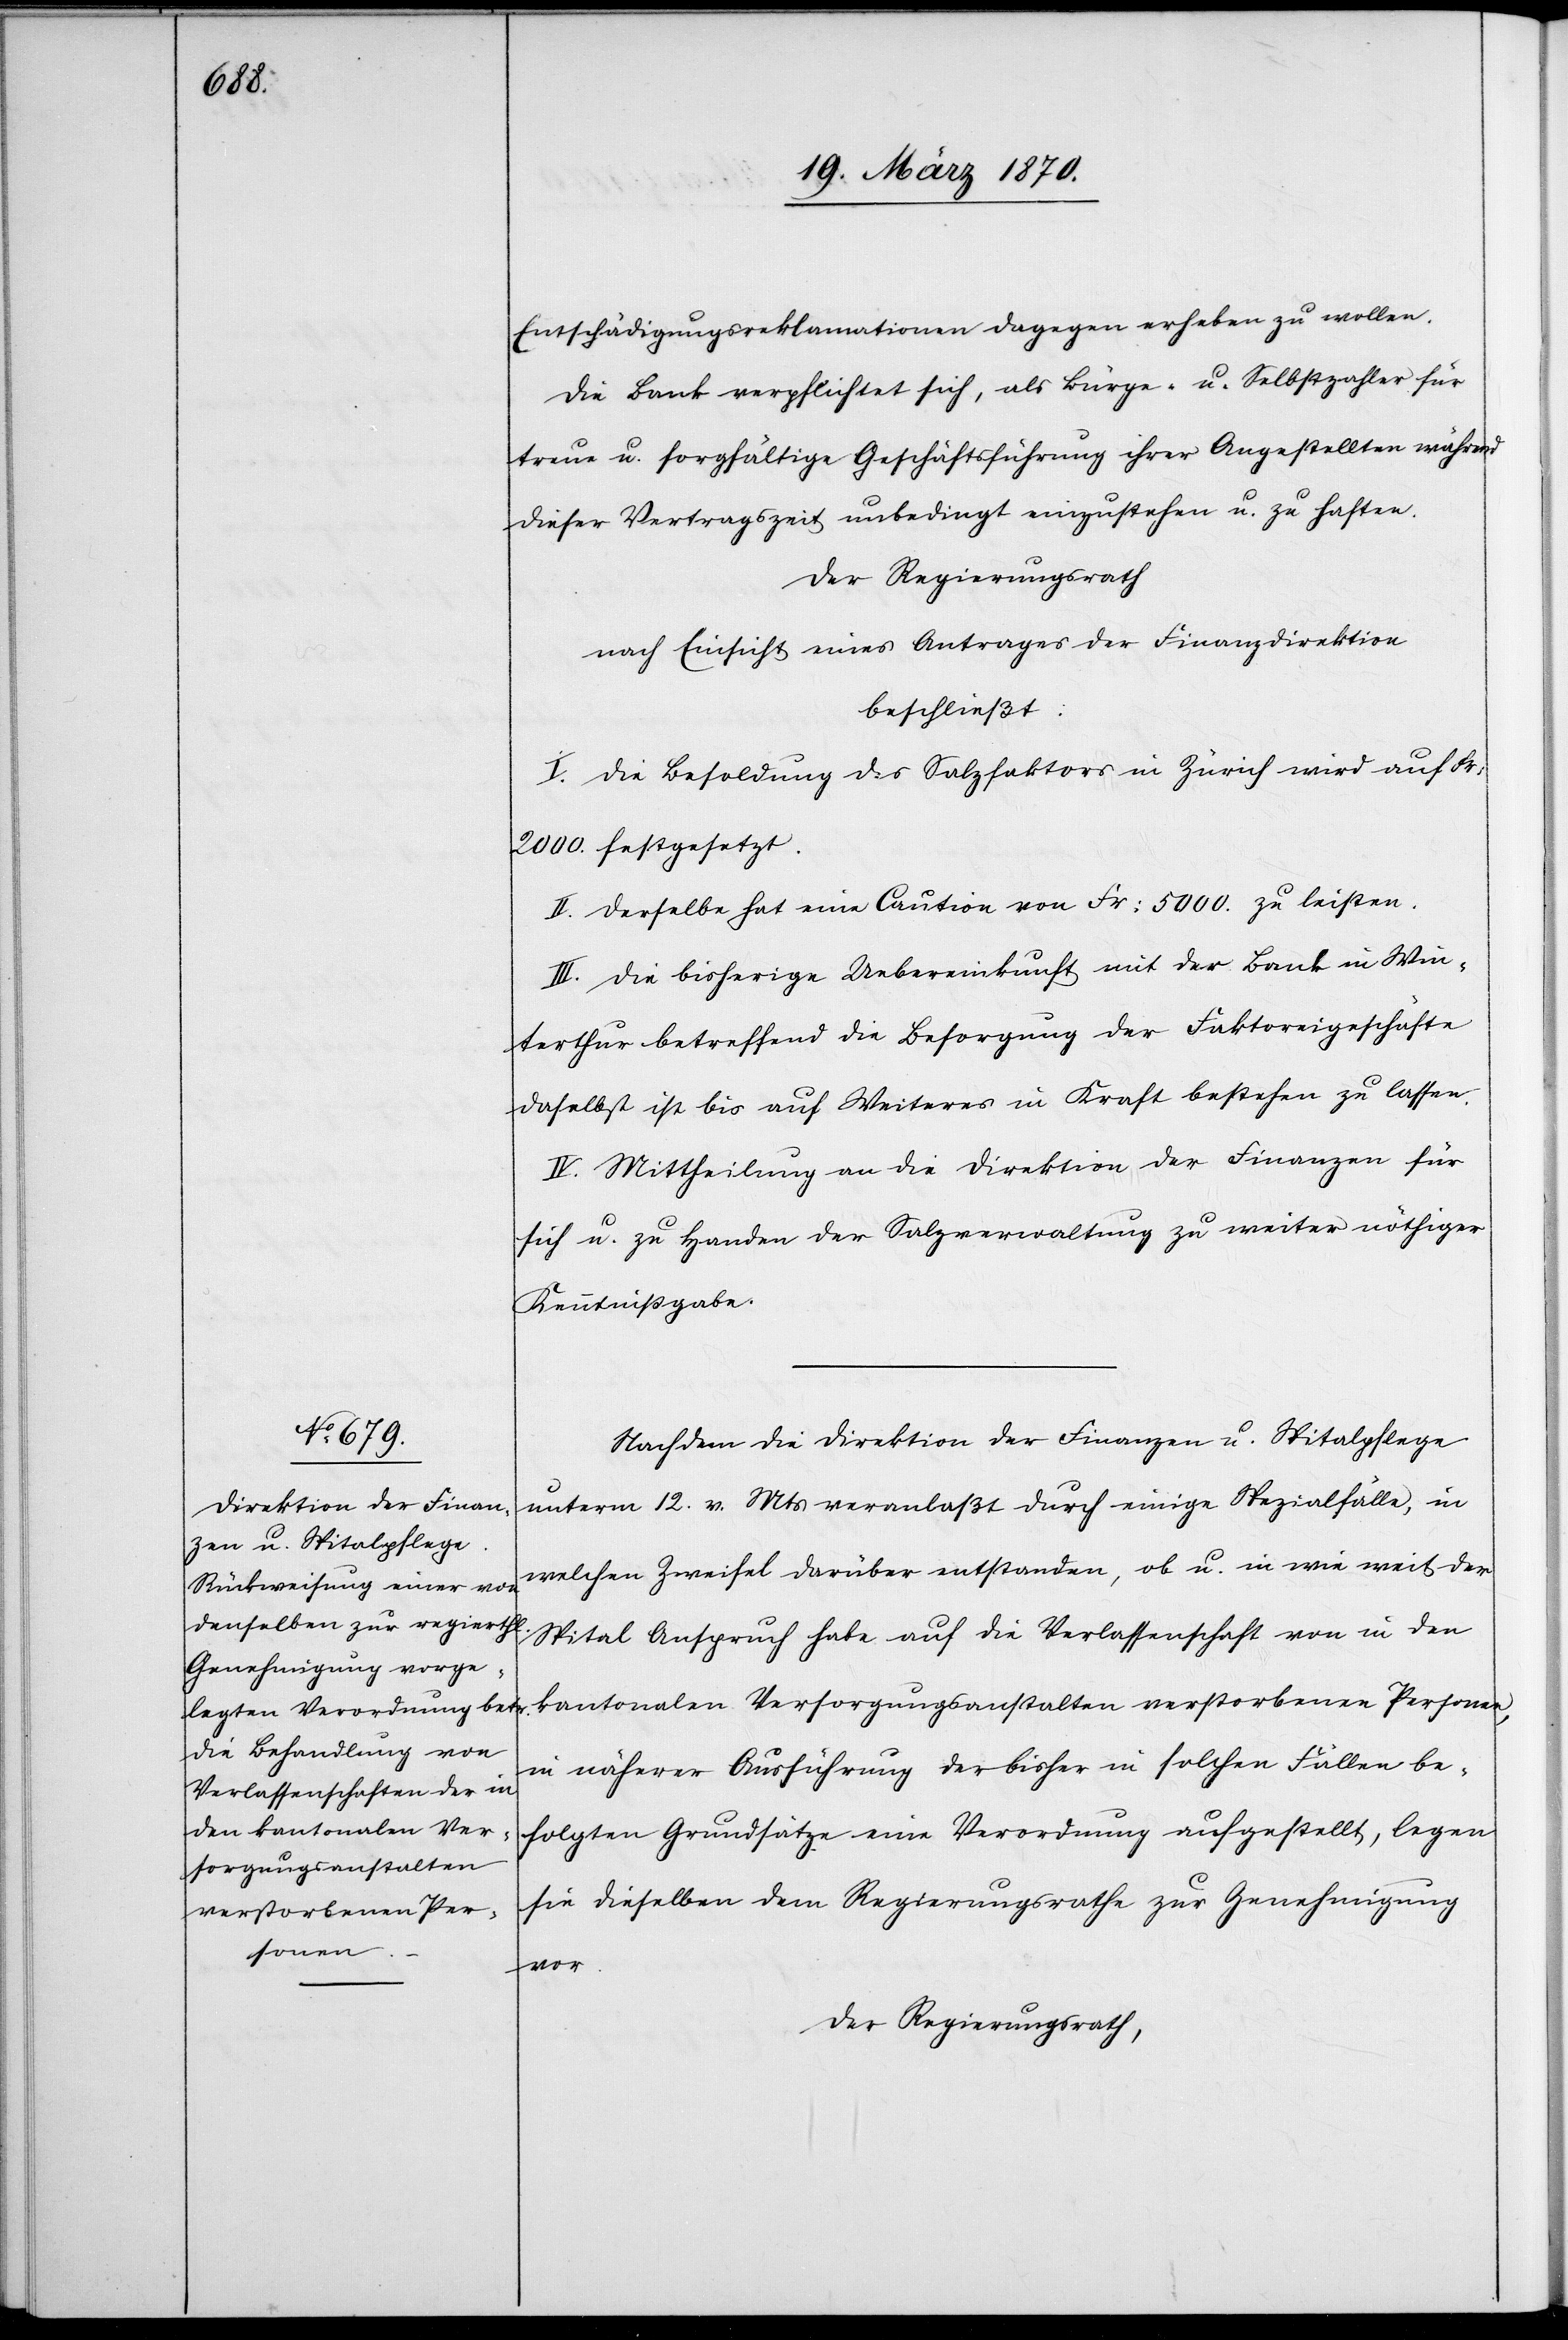
Entschädigungsreklamationen dagegen erheben zu wollen.
Die Bank verpflichtet sich, als Bürge- u. Selbstzahler für
treue u. sorgfältige Geschäftsführung ihrer Angestellten während
dieser Vertragszeit unbedingt einzustehen u. zu haften.
Der Regierungsrath
nach Einsicht eines Antrages der Finanzdirektion
beschließt:
I. Die Besoldung des Salzfaktors in Zürich wird auf Fr:
2000. festgesetzt.
II. Derselbe hat eine Caution von Fr: 5000. zu leisten.
III. Die bisherige Uebereinkunft mit der Bank in Win¬
terthur betreffend die Besorgung der Faktoreigeschäfte
daselbst ist bis auf Weiteres in Kraft bestehen zu lassen.
IV. Mittheilung an die Direktion der Finanzen für
sich u. zu Handen der Salzverwaltung zu weiter nöthiger
Kenntnißgabe.
Nachdem die Direktion der Finanzen u. Spitalpflege
unterm 12. v. Mts veranlaßt durch einige Spezialfälle, in
welchen Zweifel darüber entstanden, ob u. in wie weit der
Spital Anspruch habe auf die Verlassenschaft von in den
kantonalten Versorgungsanstalten verstorbenen Personen,
in näherer Ausführung der bisher in solchen Fällen be¬
folgten Grundsätze eine Verordnung aufgestellt, legen
sie dieselben [sic!] dem Regierungsrathe zur Genehmigung
vor.
Der Regierungsrath,